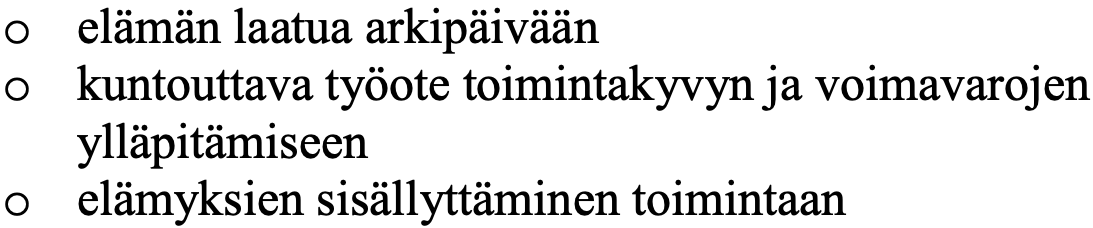
o  elämän laatua arkipäivään o  kuntouttava työote toimintakyvyn ja voimavarojen ylläpitämiseen o  elämyksien sisällyttäminen toimintaan